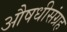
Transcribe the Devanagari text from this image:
औषधीसंग्रह